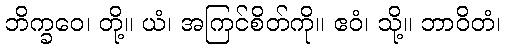
ဘိက္ခဝေ၊ တို့။ ယံ၊ အကြင်စိတ်ကို။ ဧဝံ၊ သို့။ ဘာဝိတံ၊